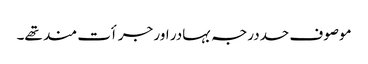
موصوف حددرجہ بہادر اور جرأت مند تھے۔